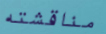
مناقشته